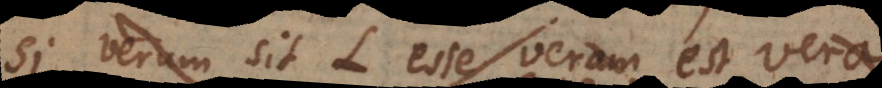
idem quod L esse veram est vera